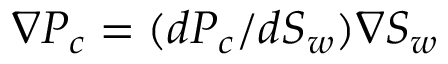
\nabla P _ { c } = ( d P _ { c } / d S _ { w } ) \nabla S _ { w }